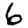
Digit: 6